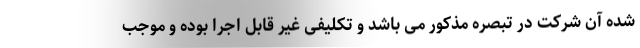
شده آن شرکت در تبصره مذکور می باشد و تکلیفی غیر قابل اجرا بوده و موجب